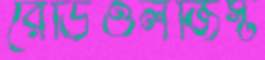
রেডিওলজিস্ট